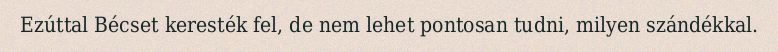
Ezúttal Bécset keresték fel, de nem lehet pontosan tudni, milyen szándékkal.